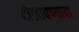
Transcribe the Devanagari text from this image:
टोलावण्याचा